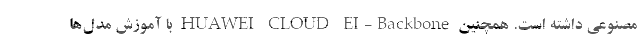
مصنوعی داشته است. همچنین HUAWEI CLOUD EI-Backbone با آموزش مدل‌ها